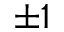
\pm 1